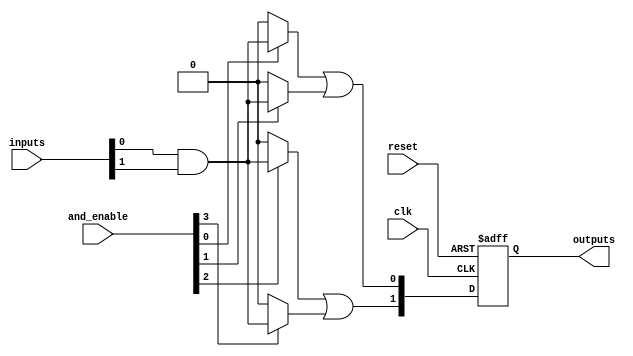
module RPAL #(
    parameter NUM_INPUTS = 8,     // Number of input signals
    parameter NUM_AND_GATES = 4,   // Number of programmable AND gates
    parameter NUM_OR_GATES = 2      // Number of fixed OR gates
)(
    input  wire [NUM_INPUTS-1:0]  inputs,         // Input signals
    input  wire [NUM_AND_GATES-1:0] and_enable,    // Control signals for AND gates
    input  wire clk,                // Clock signal
    input  wire reset,              // Reset signal
    output reg [NUM_OR_GATES-1:0]  outputs          // Registered outputs
);

// Internal wires for AND gate outputs
wire [NUM_AND_GATES-1:0] and_outputs;

// Programmable AND array
genvar i;
generate
    for (i = 0; i < NUM_AND_GATES; i = i + 1) begin : and_array
        assign and_outputs[i] = and_enable[i] ? (inputs[0] & inputs[1]) : 0; // Example logic
    end
endgenerate

// Fixed OR array
wire [NUM_OR_GATES-1:0] or_outputs;
assign or_outputs[0] = and_outputs[0] | and_outputs[1]; // Example OR logic
assign or_outputs[1] = and_outputs[2] | and_outputs[3]; // Example OR logic

// Registered outputs
always @(posedge clk or posedge reset) begin
    if (reset) begin
        outputs <= 0; // Reset outputs
    end else begin
        outputs <= or_outputs; // Capture OR outputs
    end
end

endmodule